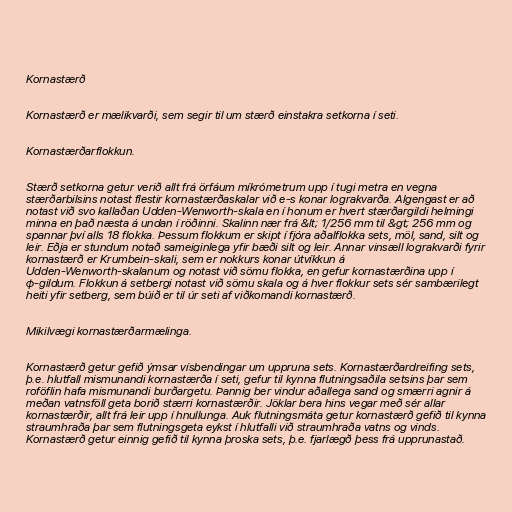
Kornastærð

Kornastærð er mælikvarði, sem segir til um stærð einstakra setkorna í seti.

Kornastærðarflokkun.

Stærð setkorna getur verið allt frá örfáum míkrómetrum upp í tugi metra en vegna
stærðarbilsins notast flestir kornastærðaskalar við e-s konar lograkvarða. Algengast er að
notast við svo kallaðan Udden-Wenworth-skala en í honum er hvert stærðargildi helmingi
minna en það næsta á undan í röðinni. Skalinn nær frá &lt; 1/256 mm til &gt; 256 mm og
spannar því alls 18 flokka. Þessum flokkum er skipt í fjóra aðalflokka sets, möl, sand, silt og
leir. Eðja er stundum notað sameiginlega yfir bæði silt og leir. Annar vinsæll lograkvarði fyrir
kornastærð er Krumbein-skali, sem er nokkurs konar útvíkkun á
Udden-Wenworth-skalanum og notast við sömu flokka, en gefur kornastærðina upp í
φ-gildum. Flokkun á setbergi notast við sömu skala og á hver flokkur sets sér sambærilegt
heiti yfir setberg, sem búið er til úr seti af viðkomandi kornastærð.

Mikilvægi kornastærðarmælinga.

Kornastærð getur gefið ýmsar vísbendingar um uppruna sets. Kornastærðardreifing sets,
þ.e. hlutfall mismunandi kornastærða í seti, gefur til kynna flutningsaðila setsins þar sem
roföflin hafa mismunandi burðargetu. Þannig ber vindur aðallega sand og smærri agnir á
meðan vatnsföll geta borið stærri kornastærðir. Jöklar bera hins vegar með sér allar
kornastærðir, allt frá leir upp í hnullunga. Auk flutningsmáta getur kornastærð gefið til kynna
straumhraða þar sem flutningsgeta eykst í hlutfalli við straumhraða vatns og vinds.
Kornastærð getur einnig gefið til kynna þroska sets, þ.e. fjarlægð þess frá upprunastað.